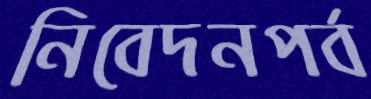
নিবেদনপর্ব